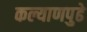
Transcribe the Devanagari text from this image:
कल्याणपुढे